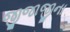
જીજાજીના